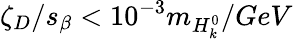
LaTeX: \zeta_{D}/s_{\beta}<10^{-3}m_{H_{k}^{0}}/GeV